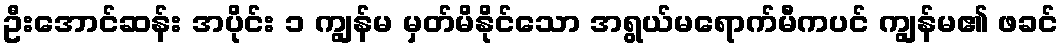
ဦးအောင်ဆန်း အပိုင်း ၁ ကျွန်မ မှတ်မိနိုင်သော အရွယ်မရောက်မီကပင် ကျွန်မ၏ ဖခင်